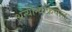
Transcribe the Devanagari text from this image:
अन्योन्यक्रियांत